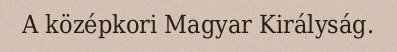
A középkori Magyar Királyság.